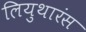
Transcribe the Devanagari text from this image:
लियुथारंस